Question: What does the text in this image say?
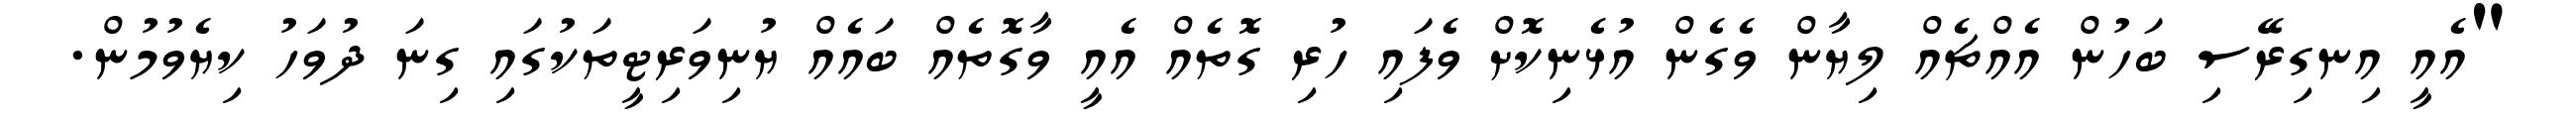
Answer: "އެއީ އިނގިރޭސި ބަހުން އެއްޗެއް ލިޔާން ވެގެން އުޅެނިކޮށް ވެފައި ހުރި ގޮތެއް އެއީ ވާގޮތެއް ބައެއް ޔުނިވަރިޓީތަކުގައި ގިނަ ދުވަހު ކިޔެވުމުން.